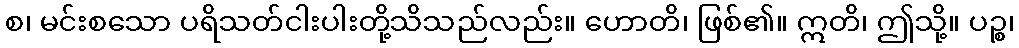
စ၊ မင်းစသော ပရိသတ်ငါးပါးတို့သိသည်လည်း။ ဟောတိ၊ ဖြစ်၏။ ဣတိ၊ ဤသို့။ ပဉ္စ၊